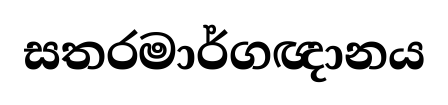
සතරමාර්ගඥානය